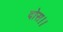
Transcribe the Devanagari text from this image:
दोस।।